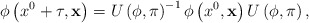
\begin{align*}\phi\left(x^0+\tau,{\bf x}\right)=U\left(\phi,\pi\right)^{-1}\phi\left(x^0,{\bf x}\right)U\left(\phi,\pi\right),\end{align*}